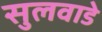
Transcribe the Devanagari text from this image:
सुलवाडे